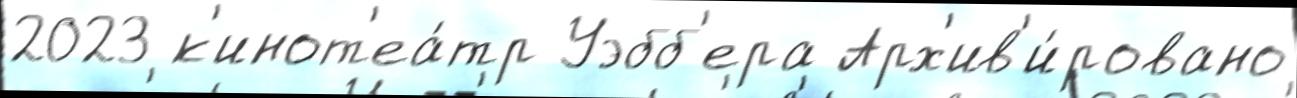
2023 к'инот'еа́тр Уэбб'ера Арх'ив'и́ровано